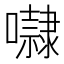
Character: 㘑